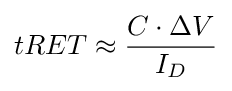
tRET\approx {\frac {C\cdot \Delta V}{I_{D}}}